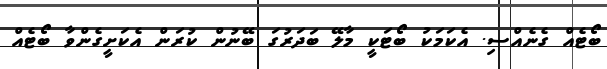
ބޯޓެއް ގެނެއްސި. އެކަމަކު ބޯޓަކީ މާލޭ ބަދަރުގަ ބޭނުން ކުރަން އެކަށީގެންވާ ބޯޓެއް